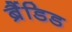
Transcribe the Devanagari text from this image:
ब्रैंडिड